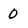
Character: 0